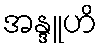
အန္ဒူဟိ